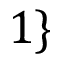
1 \}